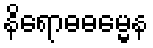
နိရောဓဓမ္မေန